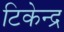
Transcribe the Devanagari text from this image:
टिकेन्द्र